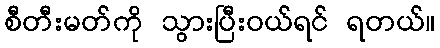
စီတီးမတ်ကို သွားပြီးဝယ်ရင် ရတယ်။